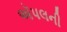
ઍપલની